Tartu_linnavalitsus, lk 89
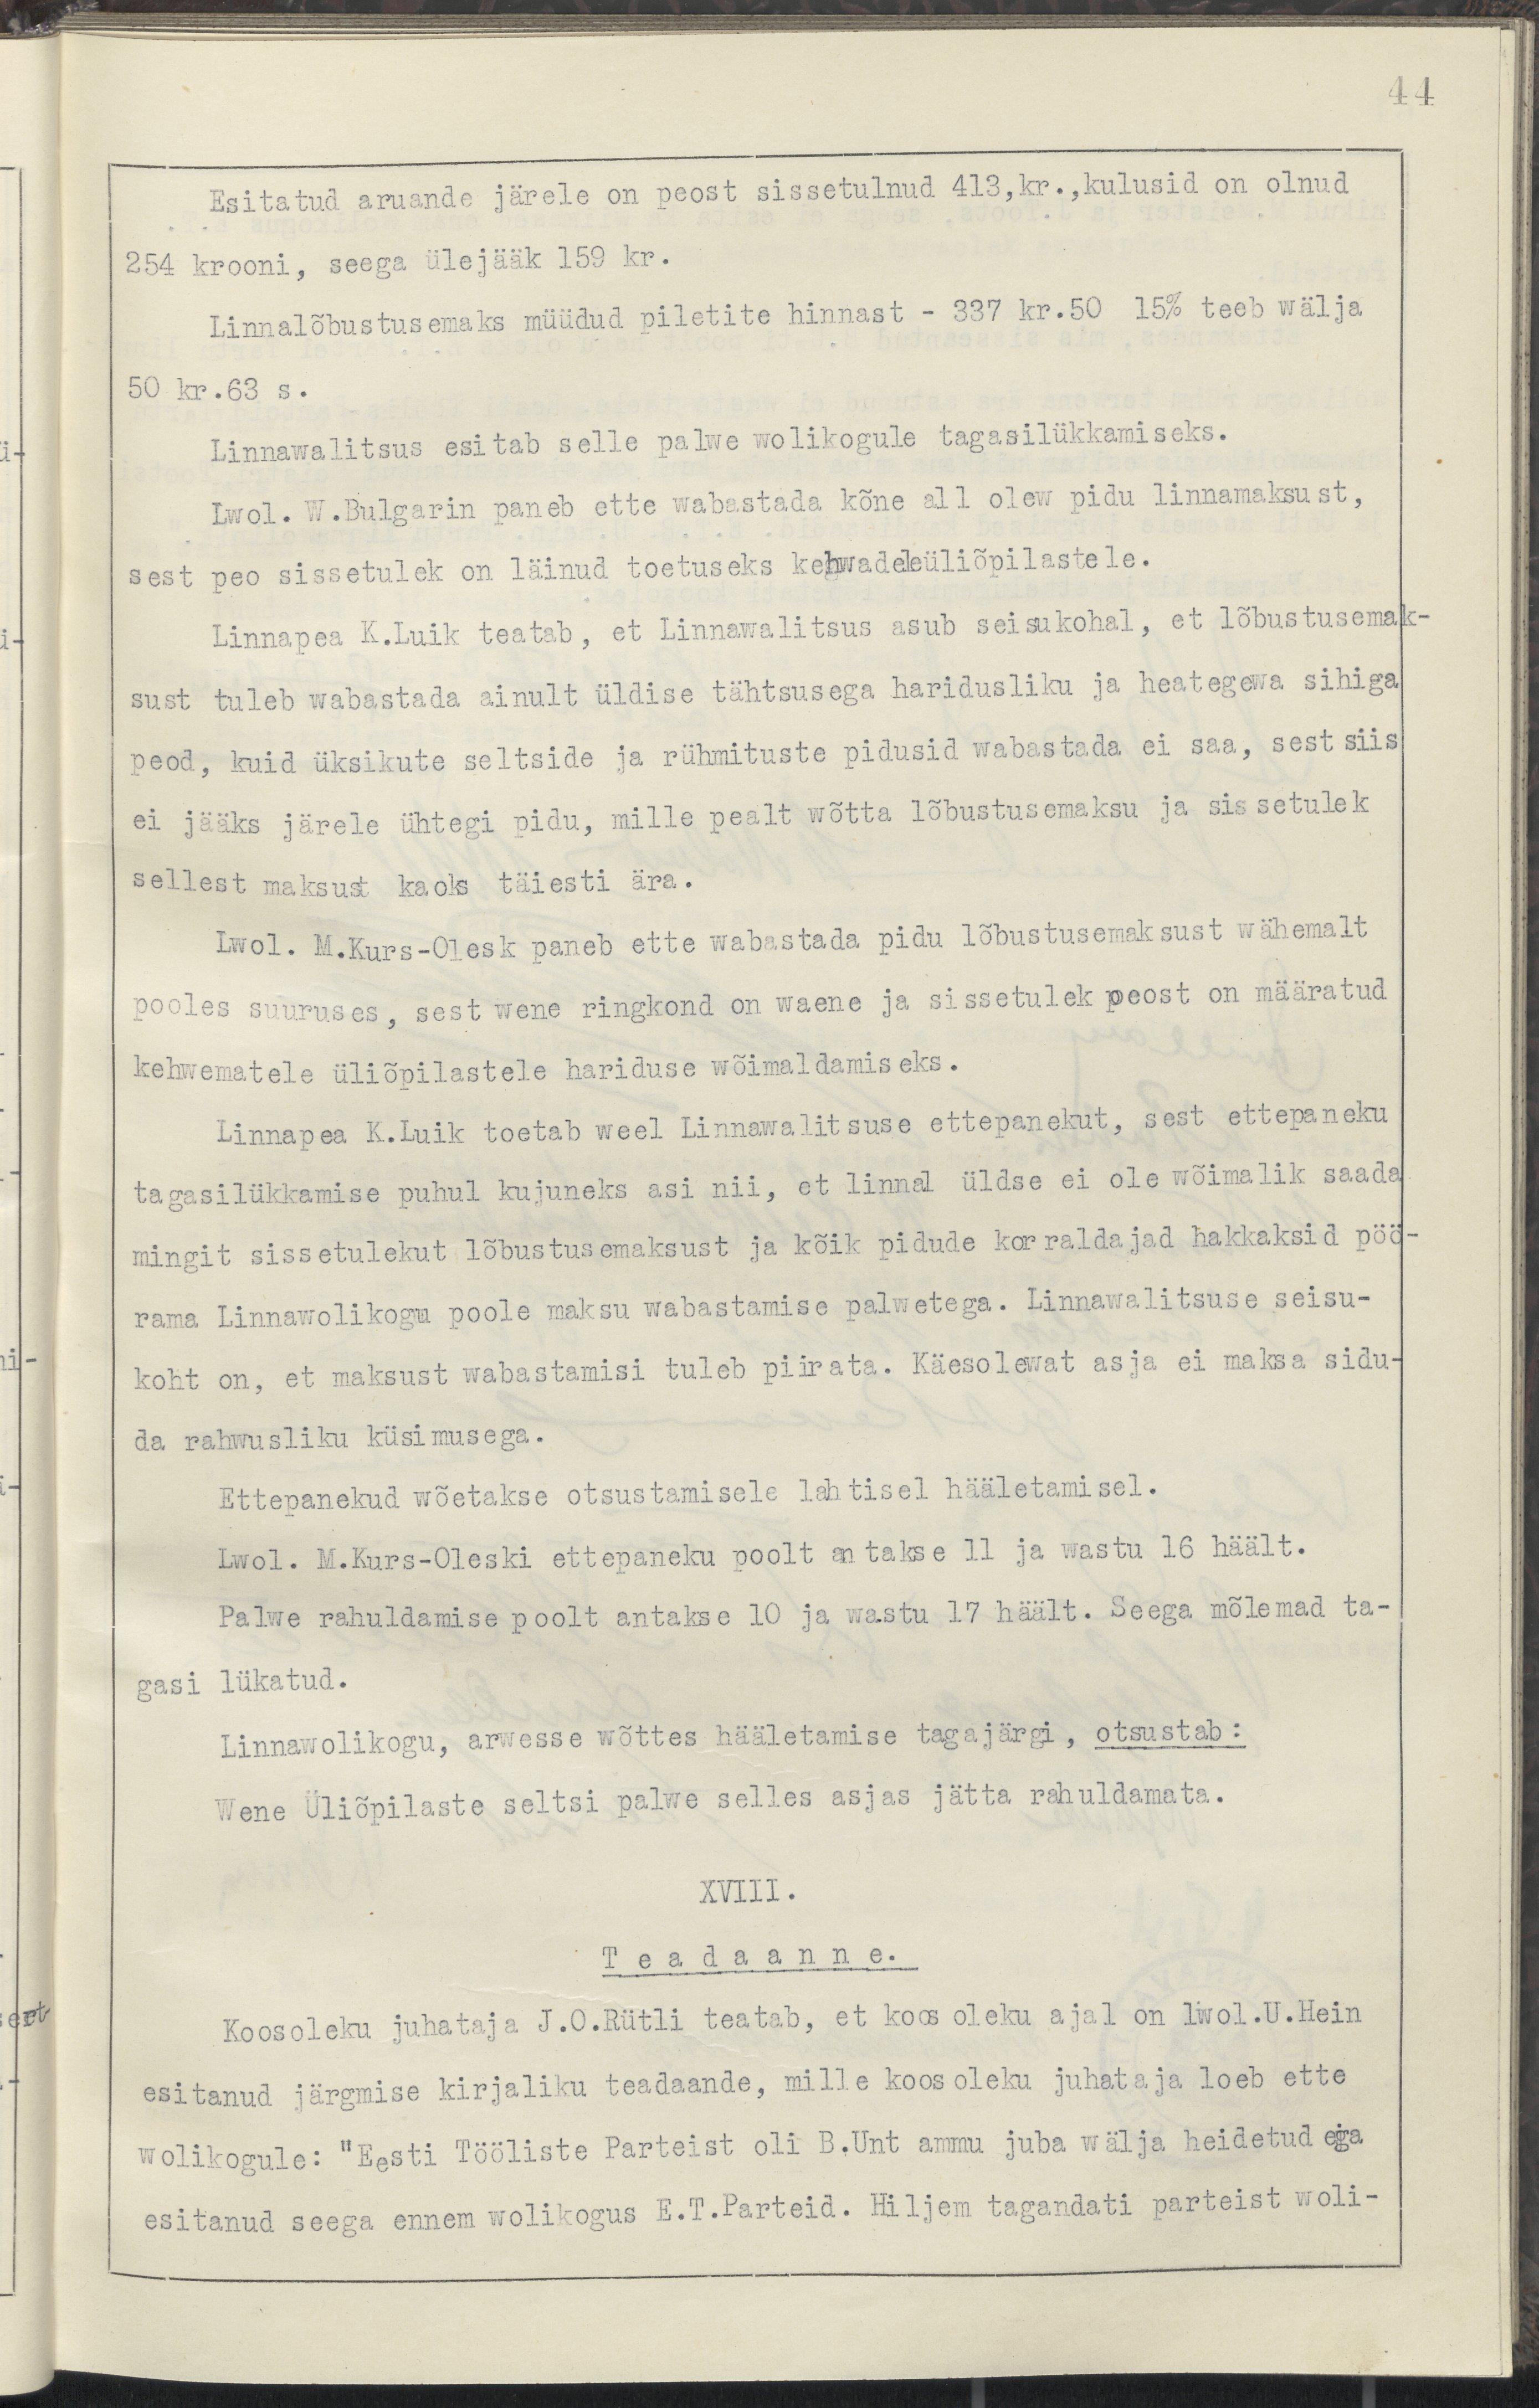
44
Esitatud aruande järele on peost sissetulnud 413,kr.,kulusid on olnud
254 krooni, seega ülejääk 159 kr.
Linnalõbustusemaks müüdud piletite hinnast - 337 kr.50 15% teeb wälja
50 kr.63 s.
Linnawalitsus esitab selle palwe wolikogule tagasilükkamiseks.
Lwol. W.Bulgarin paneb ette wabastada kõne all olew pidu linnamaksust,
sest peo sissetulek on läinud toetuseks kehwadeleüliõpilastele.
Linnapea K.Luik teatab, et Linnawalitsus asub seisukohal, et lõbustusemak-
sust tuleb wabastada ainult üldise tähtsusega haridusliku ja heategewa sihiga
peod, kuid üksikute seltside ja rühmituste pidusid wabastada ei saa, sest siis
ei jääk järele ühtegi pidu, mille pealt wõtta lõbustusemaksu ja sissetulek
sellest maksust kaoks täiesti ära.
Lwol. M.Kurs-Olesk paneb ette wabastada pidu lõbustusemaksust wähemalt
pooles suuruses, sest wene ringkond on waene ja sissetulek peost on määratud
kehwematele üliõpilastele hariduse wõimaldamiseks.
Linnapea K.Luik toetab weel Linnawalitsuse ettepanekut, sest ettepaneku
tagasilükkamise puhul kujuneks asi nii, et linnal üldse ei ole wõimalik saada
mingit sissetulekut lõbustusemaksust ja kõik pidude korraldajad hakkaksid pöö-
rama Linnawolikogu poole maksu wabastamise palwetega. Linnawalitsuse seisu-
koht on, et maksust wabastamisi tuleb piirata. Käesolewat asja ei maksa sidu-
da rahwusliku küsimusega.
Ettepanekud wõetakse otsustamisele lahtisel hääletamisel.
Lwol. M.Kurs-Oleski ettepaneku poolt antakse 11 ja wastu 16 häält.
Palwe rahuldamise poolt antakse 10 ja wastu 17 häält. Seega mõlemad ta-
gasi lükatud.
Linnawolikogu, arwesse wõttes hääletamise tagajärgi, otsustab:
Wene Üliõpilaste seltsi palwe selles asjas jätta rahuldamata.
XVIII.
T e a d a a n n e.
Koosoleku juhataja J.O.Rütli teatab, et koosoleku ajal on lwol.U.Hein
esitanud järgmise kirjaliku teadaande, mille koosoleku juhataja loeb ette
wolikogule: "Eesti Tööliste Parteist oli B.Unt ammu juba wälja heidetud ega
esitanud seega ennem wolikogus E.T.Parteid. Hiljem tagandati parteist woli-